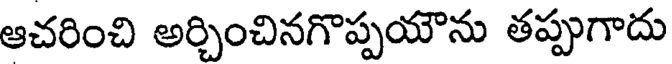
ఆచరించి అర్చించినగొప్పయౌను తప్పుగాదు